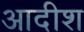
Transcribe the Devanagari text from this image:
आदीश